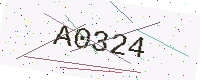
Text: A0324